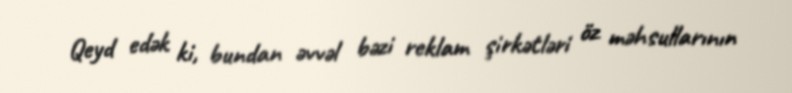
Qeyd edək ki, bundan əvvəl bəzi reklam şirkətləri öz məhsullarının